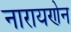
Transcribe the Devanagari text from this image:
नारायणेन